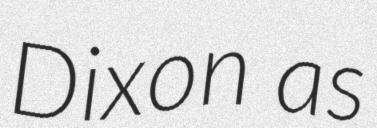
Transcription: Dixon as